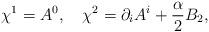
LaTeX: \begin{align*}\chi^1 =A^0 ,~~~\chi^2 = \partial_i A^i + \frac{\textstyle \alpha}{\textstyle 2}B_2,\end{align*}